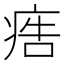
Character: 𤶳